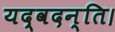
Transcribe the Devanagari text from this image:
यद्वदन्ति।